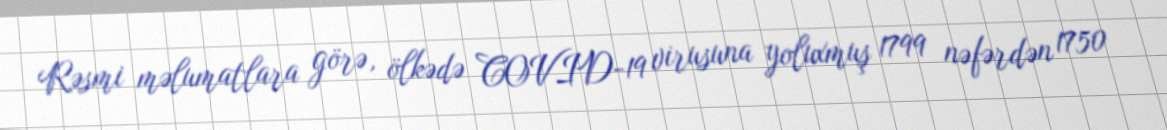
Rəsmi məlumatlara görə, ölkədə COVID-19 virusuna yoluxmuş 1799 nəfərdən 1750